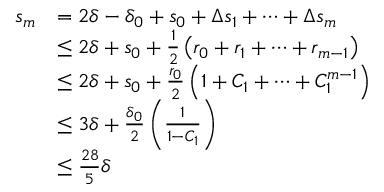
\begin{array} { r l } { s _ { m } } & { = 2 \delta - \delta _ { 0 } + s _ { 0 } + \Delta s _ { 1 } + \cdots + \Delta s _ { m } } \\ & { \leq 2 \delta + s _ { 0 } + \frac { 1 } { 2 } \left( r _ { 0 } + r _ { 1 } + \cdots + r _ { m - 1 } \right) } \\ & { \leq 2 \delta + s _ { 0 } + \frac { r _ { 0 } } { 2 } \left( 1 + C _ { 1 } + \cdots + C _ { 1 } ^ { m - 1 } \right) } \\ & { \leq 3 \delta + \frac { \delta _ { 0 } } { 2 } \left( \frac { 1 } { 1 - C _ { 1 } } \right) } \\ & { \leq \frac { 2 8 } { 5 } \delta } \end{array}